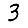
Digit: 3